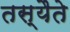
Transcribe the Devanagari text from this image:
तस्यैते